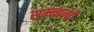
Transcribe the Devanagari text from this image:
सम्न्बन्धी